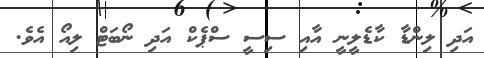
އަދި ލިންޑާ ކާޑެލީނީ އާއި ސިސީ ސްޕެކް އަދި ނޯބަޓް ލިއޯ އެވެ.